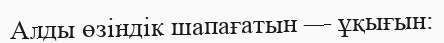
Алды өзіндік шапағатын — ұқығын: